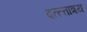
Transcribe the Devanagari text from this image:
दत्त्त्तात्रय